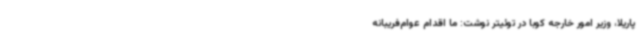
پاریلا، وزیر امور خارجه کوبا در توئیتر نوشت: ما اقدام عوام‌فریبانه